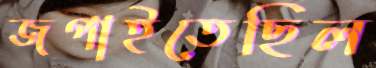
জপাইতেছিল